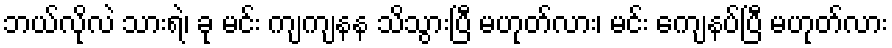
ဘယ်လိုလဲ သားရဲ၊ ခု မင်း ကျကျနန သိသွားပြီ မဟုတ်လား၊ မင်း ကျေနပ်ပြီ မဟုတ်လား